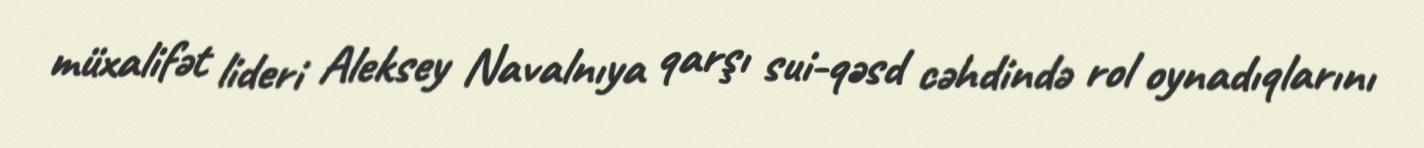
müxalifət lideri Aleksey Navalnıya qarşı sui-qəsd cəhdində rol oynadıqlarını